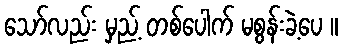
သော်လည်း မှည့် တစ်ပေါက် မစွန်းခဲ့ပေ ။